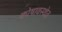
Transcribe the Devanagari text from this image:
कोषावस्थेत